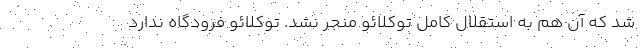
شد که آن هم به استقلال کامل توکلائو منجر نشد. توکلائو فرودگاه ندارد